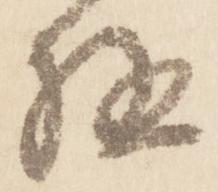
極